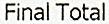
FINAL TOTAL